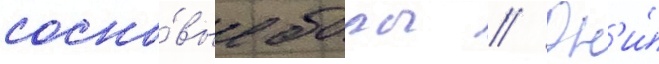
сосно́вые боры // Он'и́